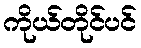
ကိုယ်တိုင်ပင်